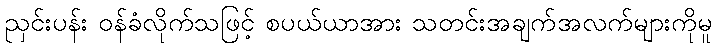
ညှင်းပန်း ဝန်ခံလိုက်သဖြင့် စပယ်ယာအား သတင်းအချက်အလက်များကိုမူ